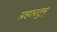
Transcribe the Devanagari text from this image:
प्रहारतुम्